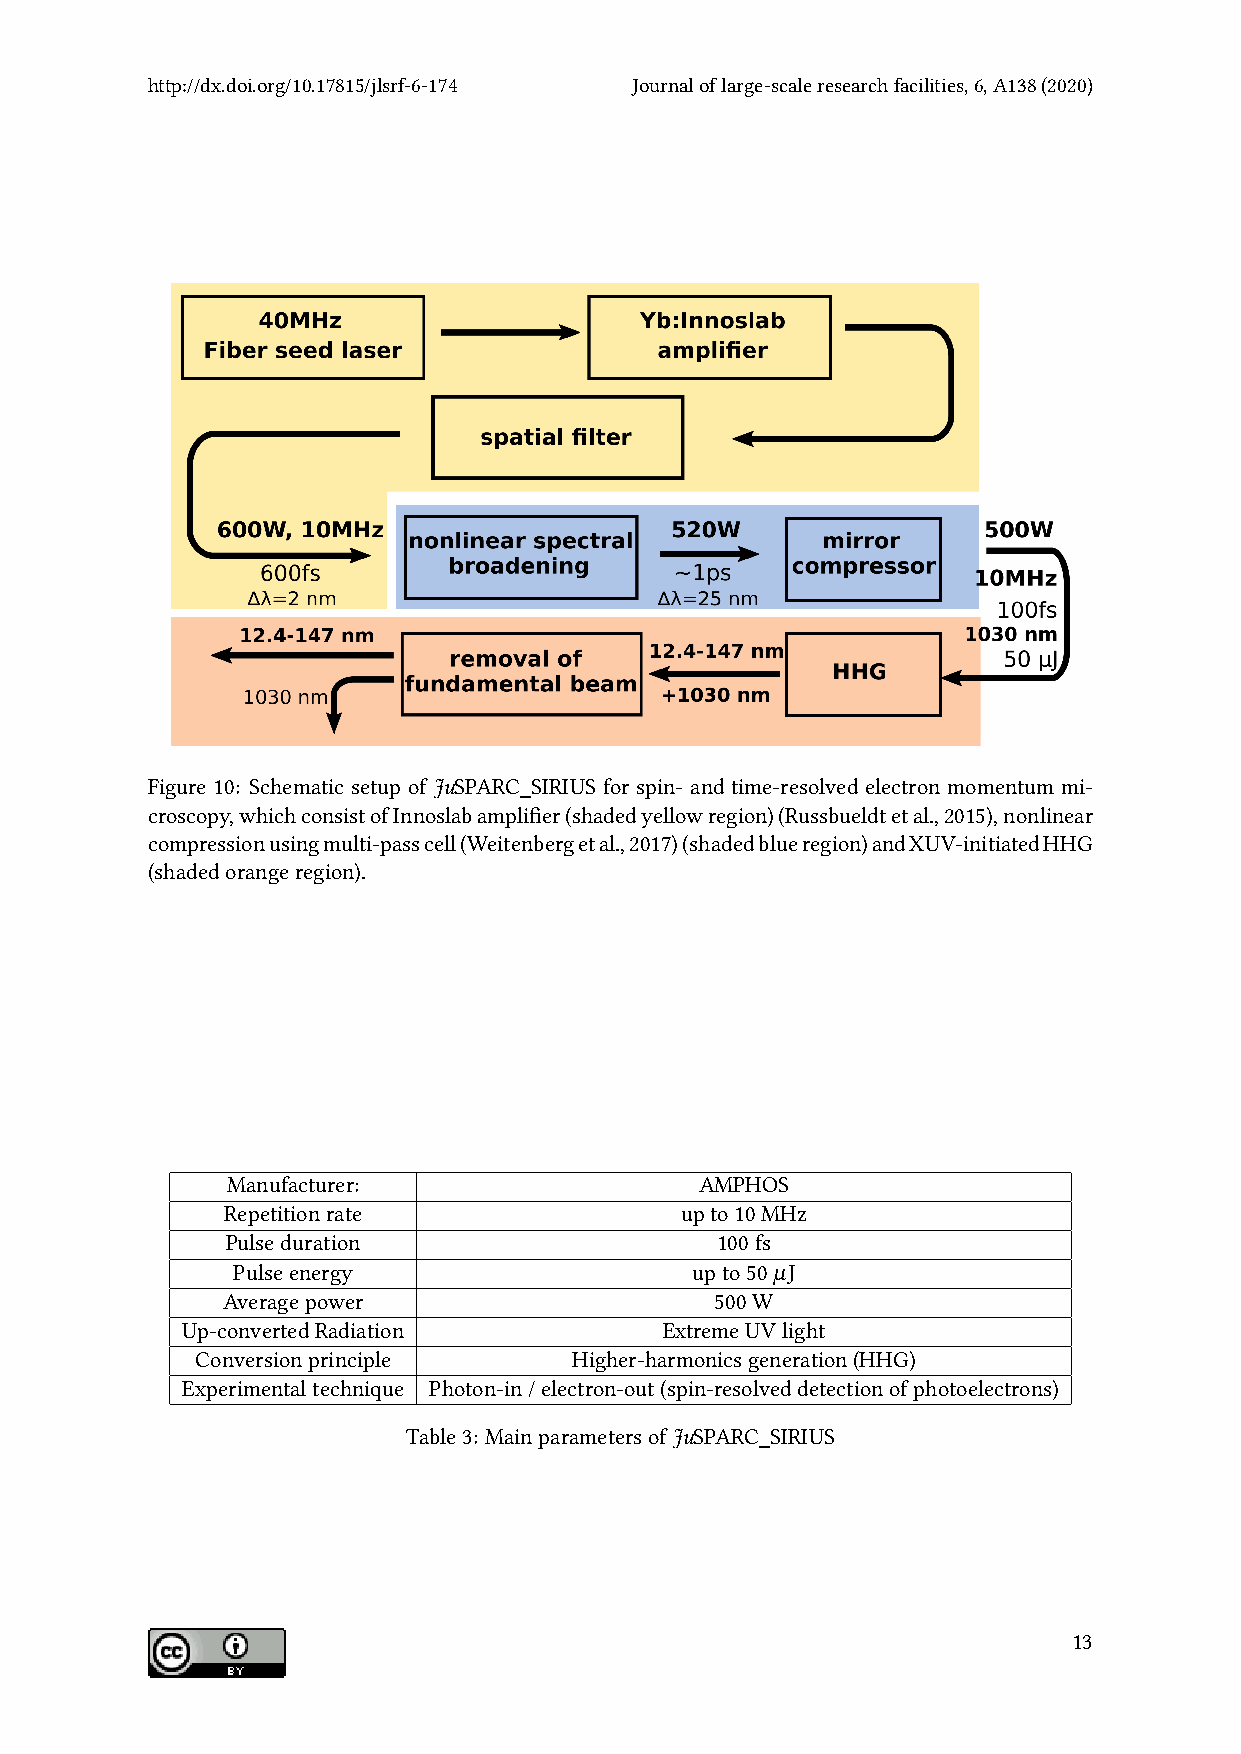
http://dx.doi.org/10.17815/jlsrf-6-174 Journaloflarge-scaleresearchfacilities,6,A138(2020)
 Figure 10: Schematic setup of JuSPARC_SIRIUS for spin- and time-resolved electron momentum mi-
 croscopy,whichconsistofInnoslabamplifier(shadedyellowregion)(Russbueldtetal.,2015),nonlinear
 compressionusingmulti-passcell(Weitenbergetal.,2017)(shadedblueregion)andXUV-initiatedHHG
 (shadedorangeregion).
 Manufacturer:                  AMPHOS
 Repetitionrate                upto10MHz
 Pulseduration                   100fs
 Pulseenergy                    upto50µJ
 Averagepower                    500W
 Up-convertedRadiation           ExtremeUVlight
 Conversionprinciple      Higher-harmonicsgeneration(HHG)
 Experimentaltechnique Photon-in/electron-out(spin-resolveddetectionofphotoelectrons)
 Table3: MainparametersofJuSPARC_SIRIUS
 13